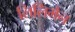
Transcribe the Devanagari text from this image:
लिलिमैन